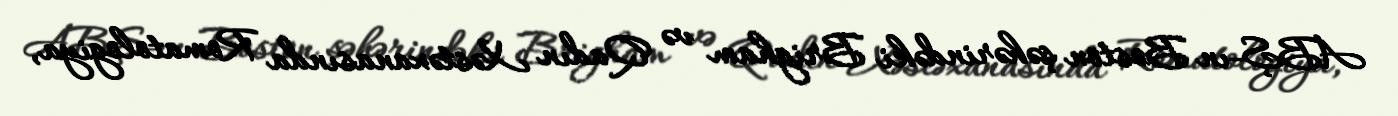
ABŞ-ın Boston şəhərindəki Brigham və Qadın Xəstəxanasında Romatologiya,